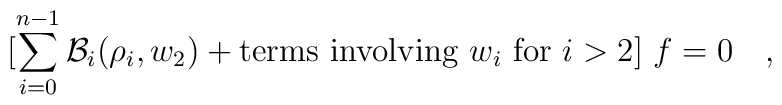
[\sum_{i=0}^{n-1} {\cal B}_i(\rho_i,w_2) + {\rm terms\ involving\ }  w_i {\rm \ for\ } i>2 ] \ f =0\quad,